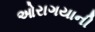
ઓરાગયાની